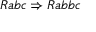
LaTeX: R a b c \Rightarrow R a b b c